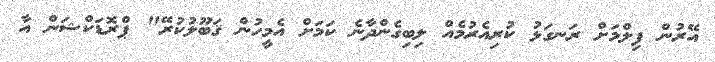
އޭރުން ފިލްމަށް ރަނގަޅު ކުރިއެރުމެއް ލިބިގެންދާނެ ކަމަށް އެމީހުން ޤަބޫލުކުރޭ" ޕްރޮޑަކްޝަން އާ